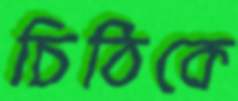
চিঠিকে